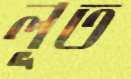
লূত